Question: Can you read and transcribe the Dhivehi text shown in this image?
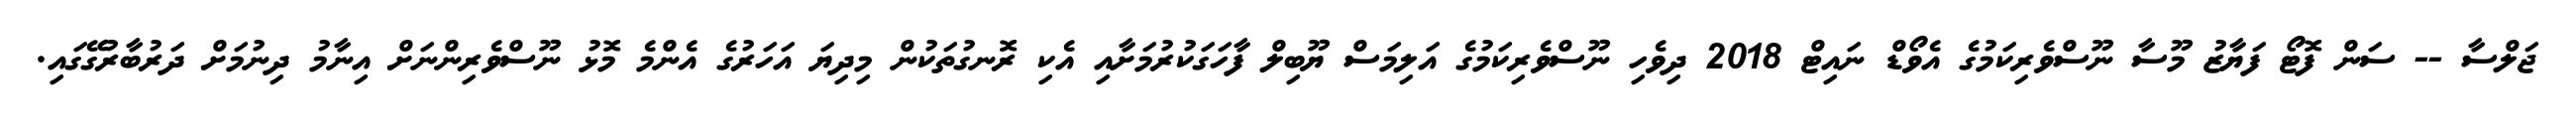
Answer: ޖަލްސާ -- ސަން ފޮޓޯ ފަޔާޒު މޫސާ ނޫސްވެރިކަމުގެ އެވޯޑް ނައިޓް 2018 ދިވެހި ނޫސްވެރިކަމުގެ އަލިމަސް ޔޫބިލް ފާހަގަކުރުމަށާއި އެކި ރޮނގުތަކުން މިދިޔަ އަހަރުގެ އެންމެ މޮޅު ނޫސްވެރިންނަށް އިނާމު ދިނުމަށް ދަރުބާރުގޭގައި.